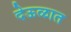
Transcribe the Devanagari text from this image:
देऊळात